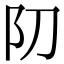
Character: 𨸓